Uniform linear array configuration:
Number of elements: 32
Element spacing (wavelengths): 0.5
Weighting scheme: hamming
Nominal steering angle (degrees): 0
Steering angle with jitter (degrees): -0.08594
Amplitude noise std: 0.05
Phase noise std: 0.05

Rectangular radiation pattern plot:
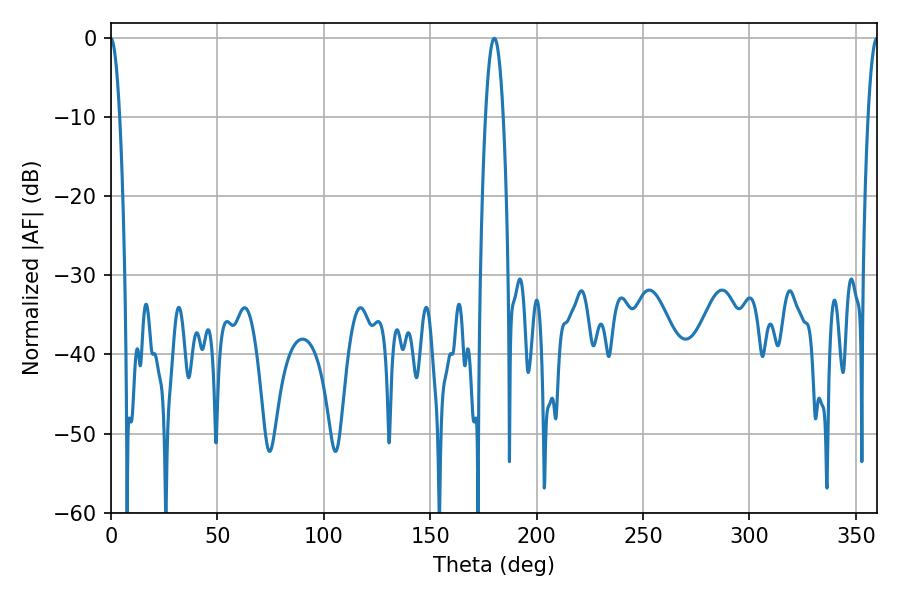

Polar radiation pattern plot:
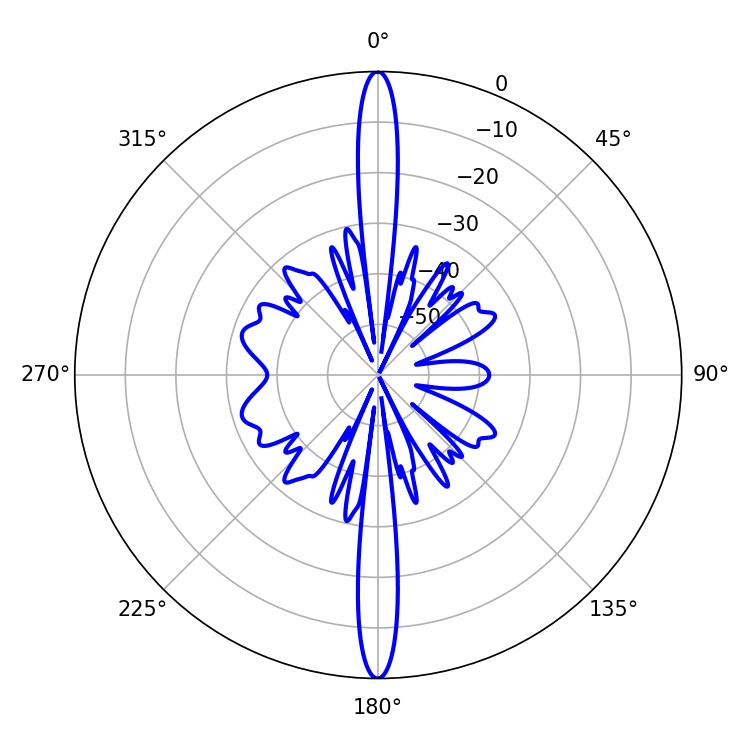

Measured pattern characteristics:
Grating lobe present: FALSE
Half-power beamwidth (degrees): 4.5
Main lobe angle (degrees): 180.18